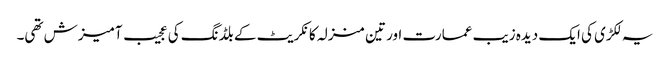
یہ لکڑی کی ایک دیدہ زیب عمارت اور تین منزلہ کانکریٹ کے بلڈنگ کی عجیب آمیزش تھی۔